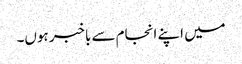
میں اپنے انجام سے باخبر ہوں۔